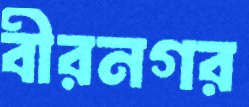
বীরনগর